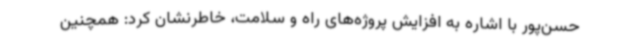
حسن‌پور با اشاره به افزایش پروژه‌های راه و سلامت، خاطرنشان کرد: همچنین